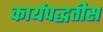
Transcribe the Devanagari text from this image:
कार्यपद्धतीस